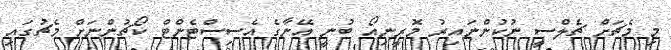
މި މެޗަށް ޗެލްސީ ނުކުންނައިރު މޮރީނިއޯ ބުނީ އޭނާގެ އެސިސްޓެންޓް ކޯޗުންނަށް މެޗުގައި